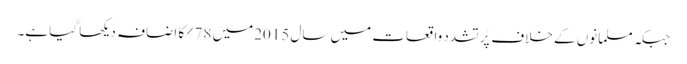
جبکہ مسلمانوں کے خلاف پُر تشدد واقعات میں سال 2015میں 78%کا اضافہ دیکھا گیا ہے۔